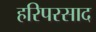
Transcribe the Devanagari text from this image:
हरिपरसाद